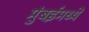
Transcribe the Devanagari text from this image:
मुंबईमध्यें